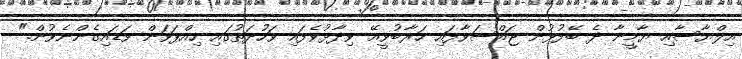
އިލްޔާސާއި ޔާމީނާ ދެ ބޭފުޅުން ޖައްސަވާފައި ހަރާބުވީއޭ ވިދާޅުވެފައި ވަހުދަތުގައި ހިއްޕަވަން ވަޑައިގެންނެވުން."